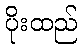
ပိုးထည်